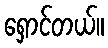
ရှောင်တယ်။